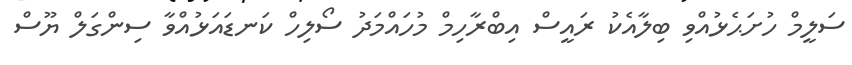
ސަލީމް ހުށަޙެޅުއްވި ބިލާއެކު ރައީސް އިބްރާހިމް މުހައްމަދު ސޯލިހް ކަނޑައަޅުއްވާ ސިންގަލް ޔޫސް